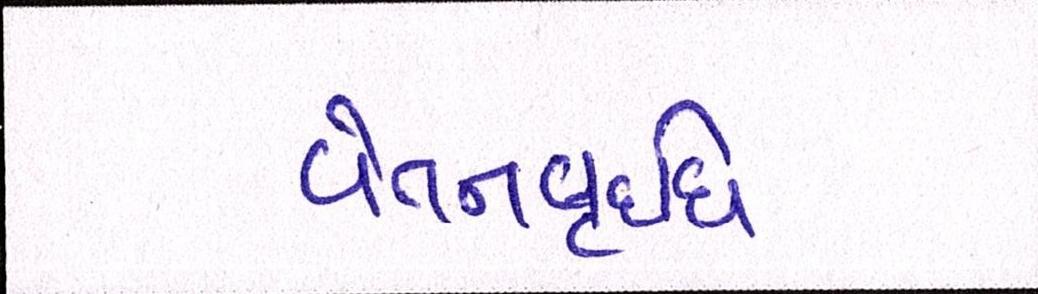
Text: વેતનવૃદ્ધિ